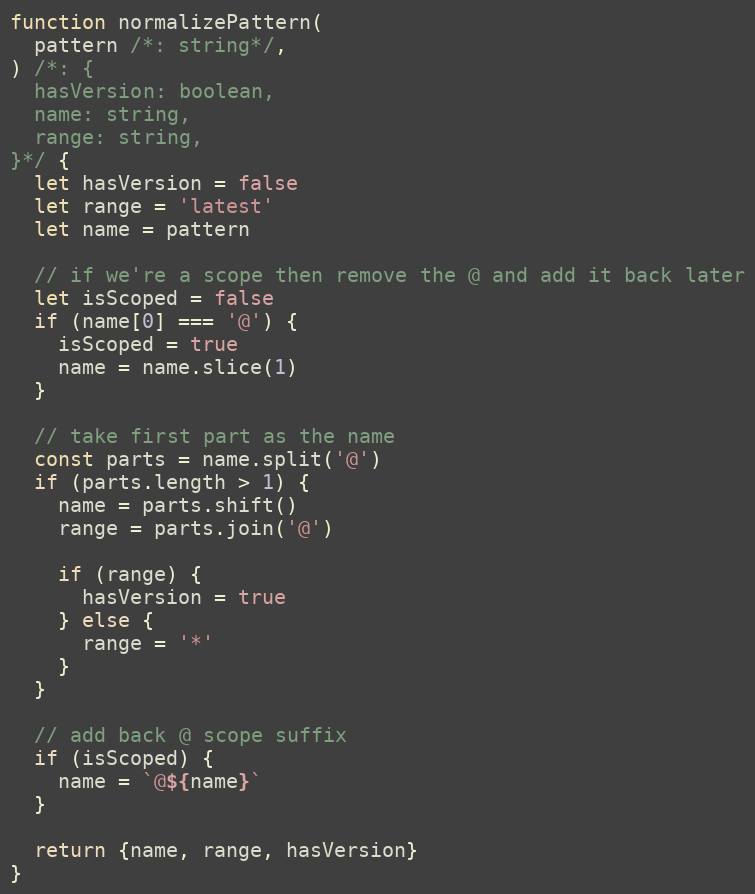
Language: JavaScript
function normalizePattern(
  pattern /*: string*/,
) /*: {
  hasVersion: boolean,
  name: string,
  range: string,
}*/ {
  let hasVersion = false
  let range = 'latest'
  let name = pattern

  // if we're a scope then remove the @ and add it back later
  let isScoped = false
  if (name[0] === '@') {
    isScoped = true
    name = name.slice(1)
  }

  // take first part as the name
  const parts = name.split('@')
  if (parts.length > 1) {
    name = parts.shift()
    range = parts.join('@')

    if (range) {
      hasVersion = true
    } else {
      range = '*'
    }
  }

  // add back @ scope suffix
  if (isScoped) {
    name = `@${name}`
  }

  return {name, range, hasVersion}
}